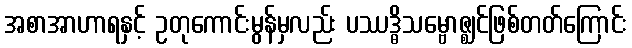
အစာအာဟာရနှင့် ဥတုကောင်းမွန်မှလည်း ပဿဒ္ဓိသမ္ဗောဇ္ဈင်ဖြစ်တတ်ကြောင်း